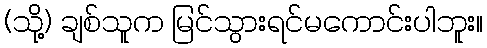
(သို့) ချစ်သူက မြင်သွားရင်မကောင်းပါဘူး။